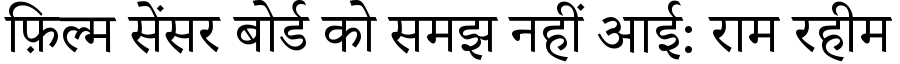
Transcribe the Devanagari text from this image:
फ़िल्म सेंसर बोर्ड को समझ नहीं आई: राम रहीम